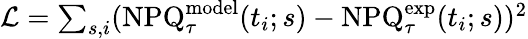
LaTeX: \begin{array}{r}{\mathcal{L}=\sum_{s,i}(\mathrm{NPQ}_{\tau}^{\mathrm{model}}(t_{i};s)-\mathrm{NPQ}_{\tau}^{\mathrm{exp}}(t_{i};s))^{2}}\end{array}